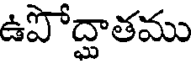
ఉపోద్దాతము